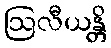
ဩလီယန္တိ